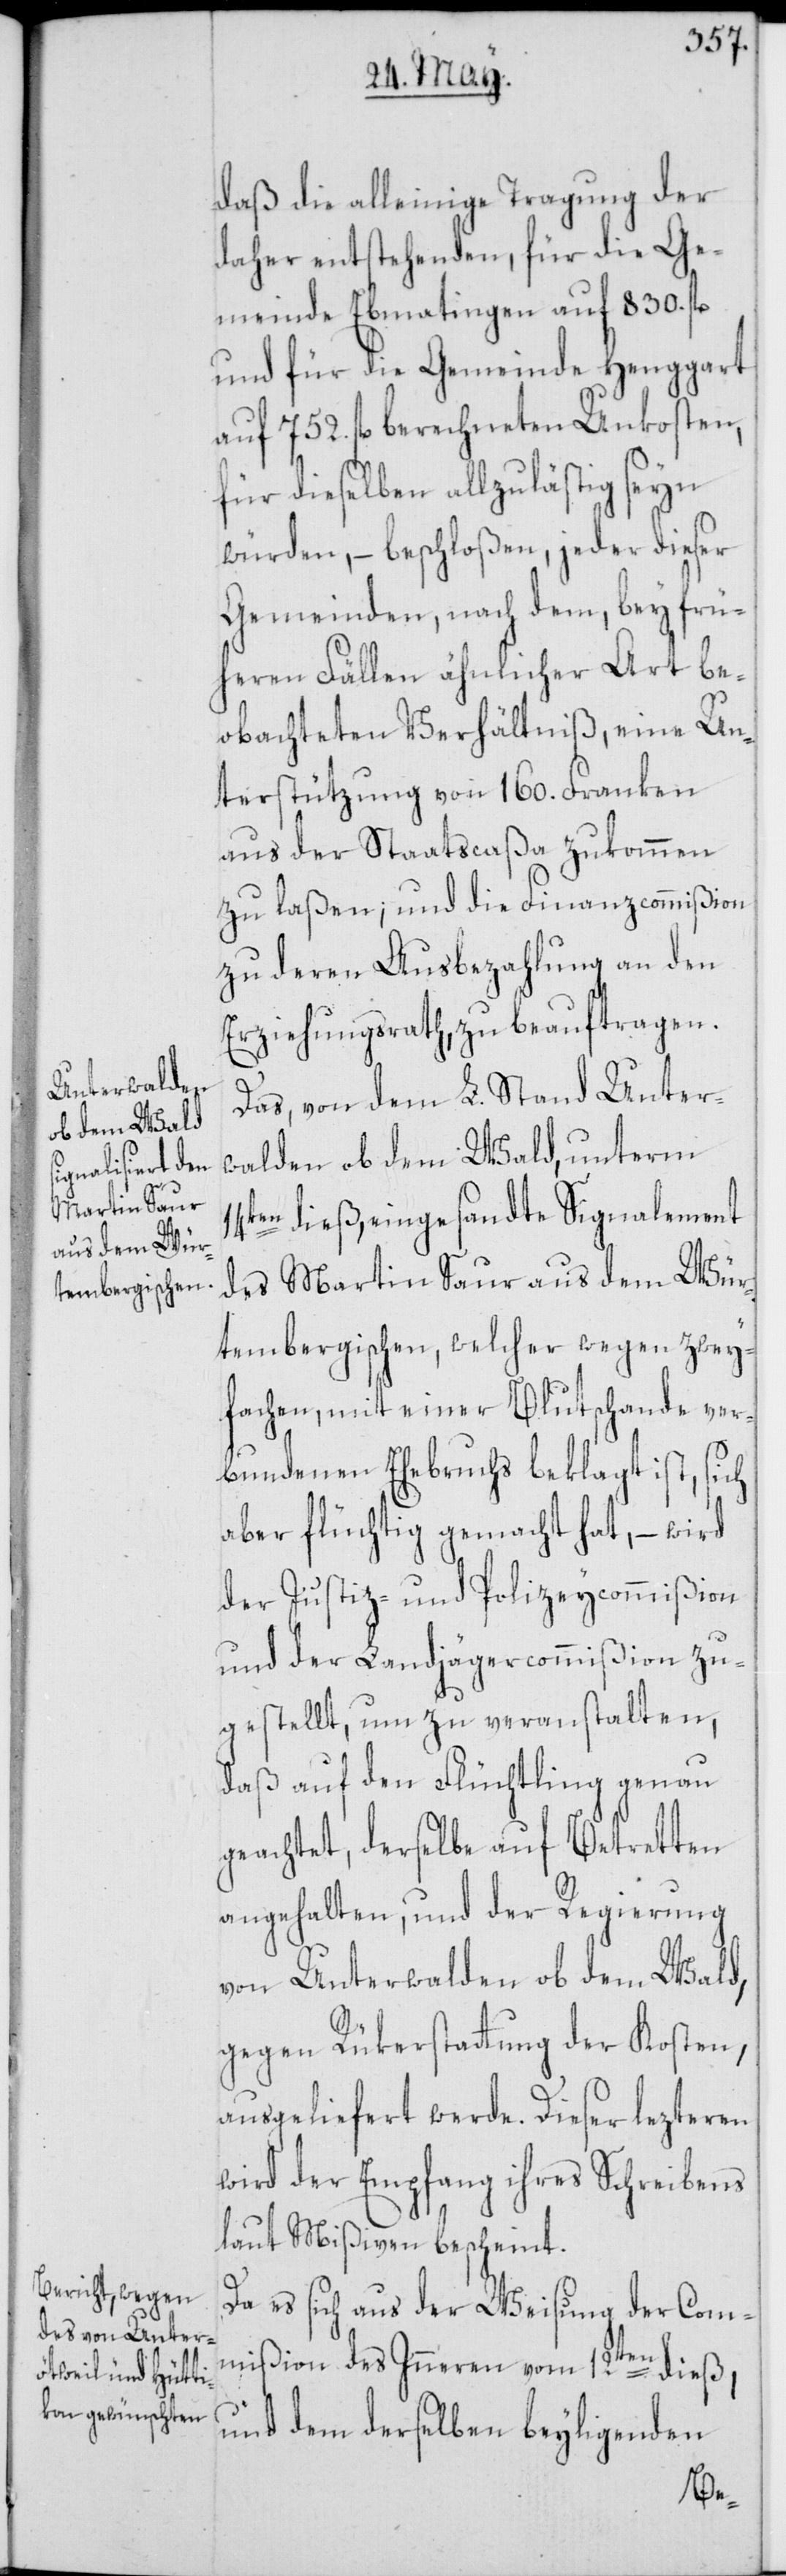
daß die alleinige Tragung der
daher entstehenden, für die Ge¬
meinde Ebmatingen auf 830. fl.
und für die Gemeinde Henggart
auf 752. fl. berechneten Unkosten,
für dieselben allzulästig seyn
würden, – beschloßen, jeder dieser
Gemeinden, nach dem, bey frü¬
heren Fällen ähnlicher Art be¬
obachteten Verhältniß, eine Un¬
terstützung von 160. Franken
aus der Staatscaßa zukommen
zu laßen; und die Finanzcommißion
zu deren Ausbezahlung an den
Erziehungsrath, zu beauftragen.
Das, von dem L. Stand Unter¬
walden ob dem Wald, unterm
14ten dieß, eingesandte Signalement
des Martin Saur aus dem Wür¬
tembergischen, welcher wegen zwey¬
fachen, mit einer Blutschande ver¬
bundenen Ehebruchs beklagt ist, sich
aber flüchtig gemacht hat, – wird
der Justiz- und Polizeycommißion
und der Landjägercommißion zu¬
gestellt, um zu veranstalten,
daß auf den Flüchtling genau
geachtet, derselbe auf Betretten
angehalten, und der Regierung
von Unterwalden ob dem Wald,
gegen Rükerstattung der Kosten,
ausgeliefert werde. Dieser lezteren
wird der Empfang ihres Schreibens
laut Mißiven bescheint.
Da es sich aus der Weisung der Com¬
mißion des Inneren vom 12ten dieß,
und dem derselben beyligenden